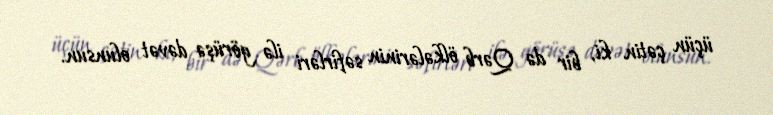
üçün çətin ki, bir də Qərb ölkələrinin səfirləri ilə görüşə dəvət olunsun.